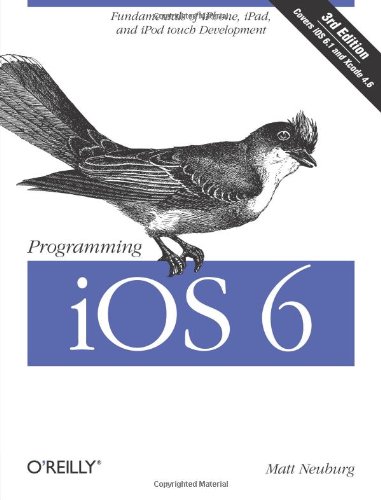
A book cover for Programming iOS 6; Matt Neuburg; Computers & Technology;